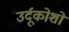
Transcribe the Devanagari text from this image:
उर्दूकोशों